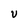
Character: V